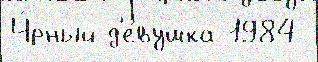
Ч́рный д'е́вушка 1984